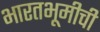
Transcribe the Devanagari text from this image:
भारतभूमीची